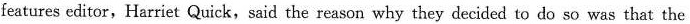
features editor,Harriet Quick,said the reason why they decided to do so was that the